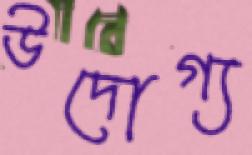
উদোগ্য